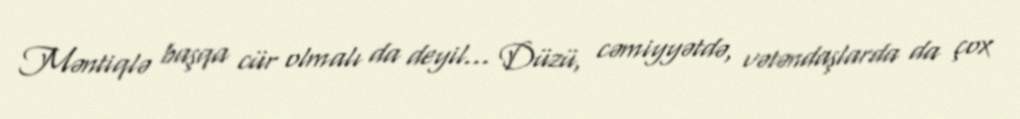
Məntiqlə başqa cür olmalı da deyil... Düzü, cəmiyyətdə, vətəndaşlarda da çox